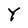
Character: Y